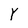
Character: Y